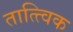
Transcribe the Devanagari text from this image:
तात्‍त्‍विक